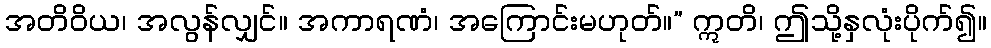
အတိဝိယ၊ အလွန်လျှင်။ အကာရဏံ၊ အကြောင်းမဟုတ်။” ဣတိ၊ ဤသို့နှလုံးပိုက်၍။